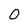
Character: O